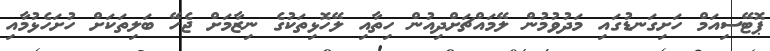
ޕޮޓޭސިއަމް ހަށިގަނޑުގައި މަދުވުމުން ލޭމައްޗަށްދިއުން ހިތާއި ލޭހޮޅިތަކުގެ ނިޒާމަށް ޖެހޭ ބަލިތަކަށް ހުށަހެޅުމާއި